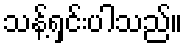
သန့်ရှင်းပါသည်။